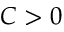
C > 0